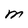
Character: M